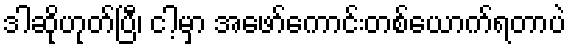
ဒါဆိုဟုတ်ပြီ၊ ငါ့မှာ အဖော်ကောင်းတစ်ယောက်ရတာပဲ